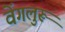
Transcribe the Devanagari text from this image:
वेंगलुरू